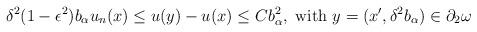
LaTeX: \begin{align*}\delta^2 (1 - \epsilon^2) b_{\alpha} u_n (x) \leq u(y) - u(x) \leq C b_{\alpha}^2, \mbox{ with } y = (x', \delta^2 b_\alpha) \in \partial_2 \omega\end{align*}